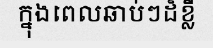
ក្នុងពេលឆាប់ៗដ៏ខ្លី